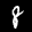
Label: 8